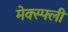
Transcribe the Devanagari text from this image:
मेक्स्फ्ली